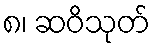
၈၊ ဆဝိသုတ်